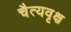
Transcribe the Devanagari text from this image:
चैत्यवृक्ष